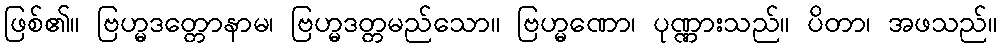
ဖြစ်၏။ ဗြဟ္မဒတ္တောနာမ၊ ဗြဟ္မဒတ္တမည်သော။ ဗြဟ္မဏော၊ ပုဏ္ဏားသည်။ ပိတာ၊ အဖသည်။